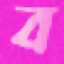
ব